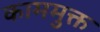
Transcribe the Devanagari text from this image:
काममुक्त